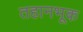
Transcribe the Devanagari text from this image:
तहानभूक